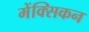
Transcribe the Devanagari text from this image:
मेंक्सिकन